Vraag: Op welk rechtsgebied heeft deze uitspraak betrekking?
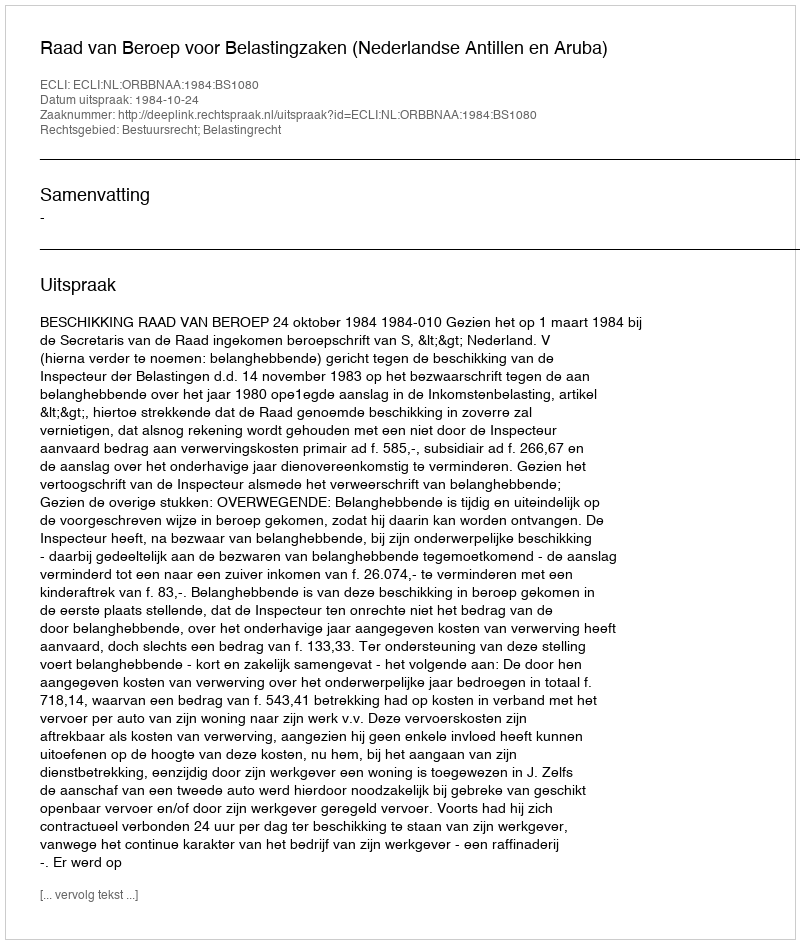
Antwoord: Bestuursrecht; Belastingrecht